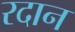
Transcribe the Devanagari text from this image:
रदान